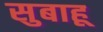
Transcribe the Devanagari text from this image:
सुबाहू